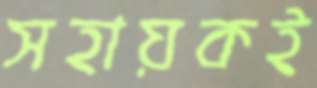
সহায়কই